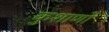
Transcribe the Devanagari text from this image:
कुशाणों